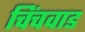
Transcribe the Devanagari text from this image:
चिंचवाड